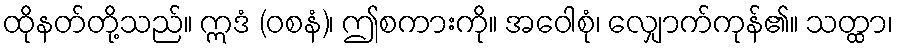
ထိုနတ်တို့သည်။ ဣဒံ (ဝစနံ)၊ ဤစကားကို။ အဝေါစုံ၊ လျှောက်ကုန်၏။ သတ္ထာ၊